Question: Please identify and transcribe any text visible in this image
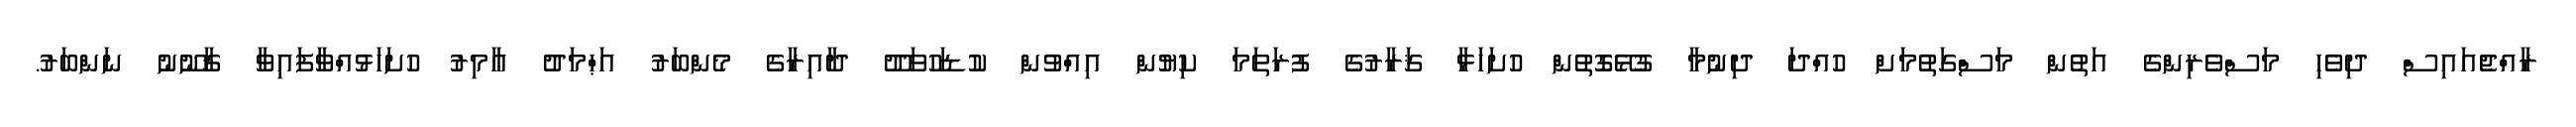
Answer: ރާއްޖެއައިސް ދިވެހި މަސްވެރިންގެ އަތުން މަސްގަތުމަށް ހުއްދަ ދިނުމާ ގުޅޭގޮތުން ހުށަހަޅާ ޤަރާރުގެ ފުރަތަމަ ކިޔުން އިއްވުން ކުޑަހުވަދޫ ދާއިރާގެ މެންބަރު އަޙްމަދު ޢާމިރު ހުށަހަޅުއްވާފައިވާ ޤާނޫނު ނަންބަރު.